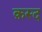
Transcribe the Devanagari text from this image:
क़स्द